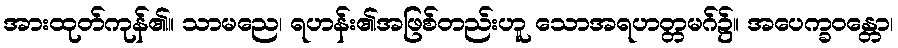
အားထုတ်ကုန်၏။ သာမညေ၊ ရဟန်း၏အဖြစ်တည်းဟူ သောအရဟတ္တမဂ်၌။ အပေက္ခဝန္တော၊